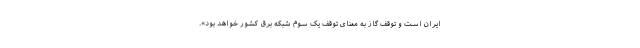
ایران است و توقف گاز به معنای توقف یک سوم شبکه برق کشور خواهد بود».